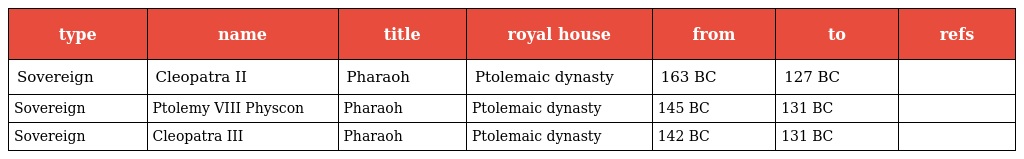
| type | name | title | royal house | from | to | refs |
 | --- | --- | --- | --- | --- | --- | --- |
 | Sovereign | Cleopatra II | Pharaoh | Ptolemaic dynasty | 163 BC | 127 BC |  |
 | Sovereign | Ptolemy VIII Physcon | Pharaoh | Ptolemaic dynasty | 145 BC | 131 BC |  |
 | Sovereign | Cleopatra III | Pharaoh | Ptolemaic dynasty | 142 BC | 131 BC |  |